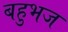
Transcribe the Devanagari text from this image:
बहुभज